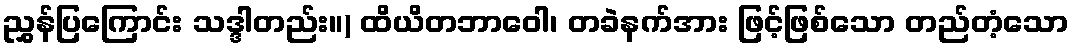
ညွှန်ပြကြောင်း သဒ္ဒါတည်း။) ထိယိတဘာဝေါ၊ တခဲနက်အား ဖြင့်ဖြစ်သော တည်တံ့သော